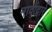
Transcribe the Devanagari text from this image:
नावांद्वारे